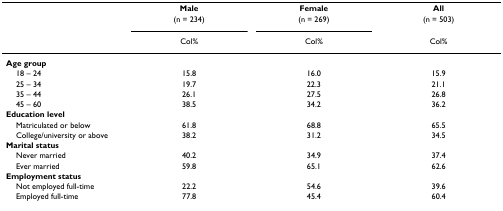
<table><thead><tr><td></td><td><b>Male</b></td><td><b>Female</b></td><td><b>All</b></td></tr><tr><td></td><td><b>(n = 234)</b></td><td><b>(n = 269)</b></td><td><b>(n = 503)</b></td></tr><tr><td></td><td><b>Col%</b></td><td><b>Col%</b></td><td><b>Col%</b></td></tr></thead><tbody><tr><td><b>Age group</b></td><td></td><td></td><td></td></tr><tr><td> 18 – 24</td><td>15.8</td><td>16.0</td><td>15.9</td></tr><tr><td> 25 – 34</td><td>19.7</td><td>22.3</td><td>21.1</td></tr><tr><td> 35 – 44</td><td>26.1</td><td>27.5</td><td>26.8</td></tr><tr><td> 45 – 60</td><td>38.5</td><td>34.2</td><td>36.2</td></tr><tr><td><b>Education level</b></td><td></td><td></td><td></td></tr><tr><td> Matriculated or below</td><td>61.8</td><td>68.8</td><td>65.5</td></tr><tr><td> College/university or above</td><td>38.2</td><td>31.2</td><td>34.5</td></tr><tr><td><b>Marital status</b></td><td></td><td></td><td></td></tr><tr><td> Never married</td><td>40.2</td><td>34.9</td><td>37.4</td></tr><tr><td> Ever married</td><td>59.8</td><td>65.1</td><td>62.6</td></tr><tr><td><b>Employment status</b></td><td></td><td></td><td></td></tr><tr><td> Not employed full-time</td><td>22.2</td><td>54.6</td><td>39.6</td></tr><tr><td> Employed full-time</td><td>77.8</td><td>45.4</td><td>60.4</td></tr></tbody></table>